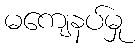
မကျေနပ်မှု